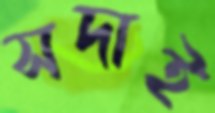
সদাই